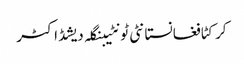
کرکٹافغانستانٹی ٹونٹیبنگلہ دیشڈاکٹر